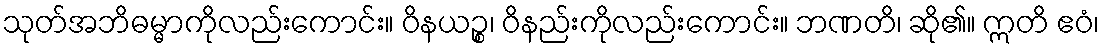
သုတ်အဘိဓမ္မာကိုလည်းကောင်း။ ဝိနယဉ္စ၊ ဝိနည်းကိုလည်းကောင်း။ ဘဏတိ၊ ဆို၏။ ဣတိ ဧဝံ၊